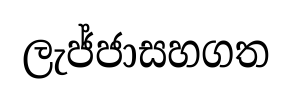
ලැජ්ජාසහගත